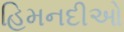
હિમનદીઓ